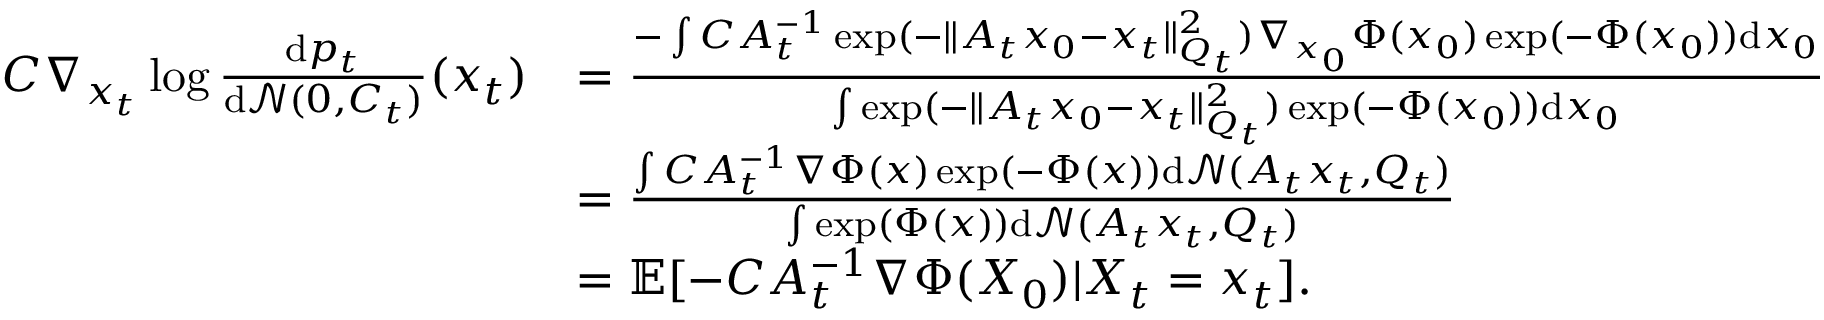
\begin{array} { r l } { C \nabla _ { x _ { t } } \log \frac { \mathrm { d } p _ { t } } { \mathrm { d } \mathcal { N } ( 0 , C _ { t } ) } ( x _ { t } ) } & { = \frac { - \int C A _ { t } ^ { - 1 } \exp ( - \| A _ { t } x _ { 0 } - x _ { t } \| _ { Q _ { t } } ^ { 2 } ) \nabla _ { x _ { 0 } } \Phi ( x _ { 0 } ) \exp ( - \Phi ( x _ { 0 } ) ) \mathrm { d } x _ { 0 } } { \int \exp ( - \| A _ { t } x _ { 0 } - x _ { t } \| _ { Q _ { t } } ^ { 2 } ) \exp ( - \Phi ( x _ { 0 } ) ) \mathrm { d } x _ { 0 } } } \\ & { = \frac { \int C A _ { t } ^ { - 1 } \nabla \Phi ( x ) \exp ( - \Phi ( x ) ) \mathrm { d } \mathcal { N } ( A _ { t } x _ { t } , Q _ { t } ) } { \int \exp ( \Phi ( x ) ) \mathrm { d } \mathcal { N } ( A _ { t } x _ { t } , Q _ { t } ) } } \\ & { = \mathbb { E } [ - C A _ { t } ^ { - 1 } \nabla \Phi ( X _ { 0 } ) | X _ { t } = x _ { t } ] . } \end{array}